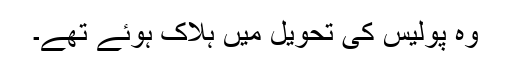
وہ پولیس کی تحویل میں ہلاک ہوئے تھے۔